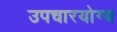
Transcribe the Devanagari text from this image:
उपचारयोग्य